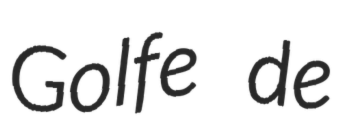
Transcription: Golfe de